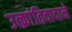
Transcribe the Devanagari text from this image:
उत्क्रांतिवादाने